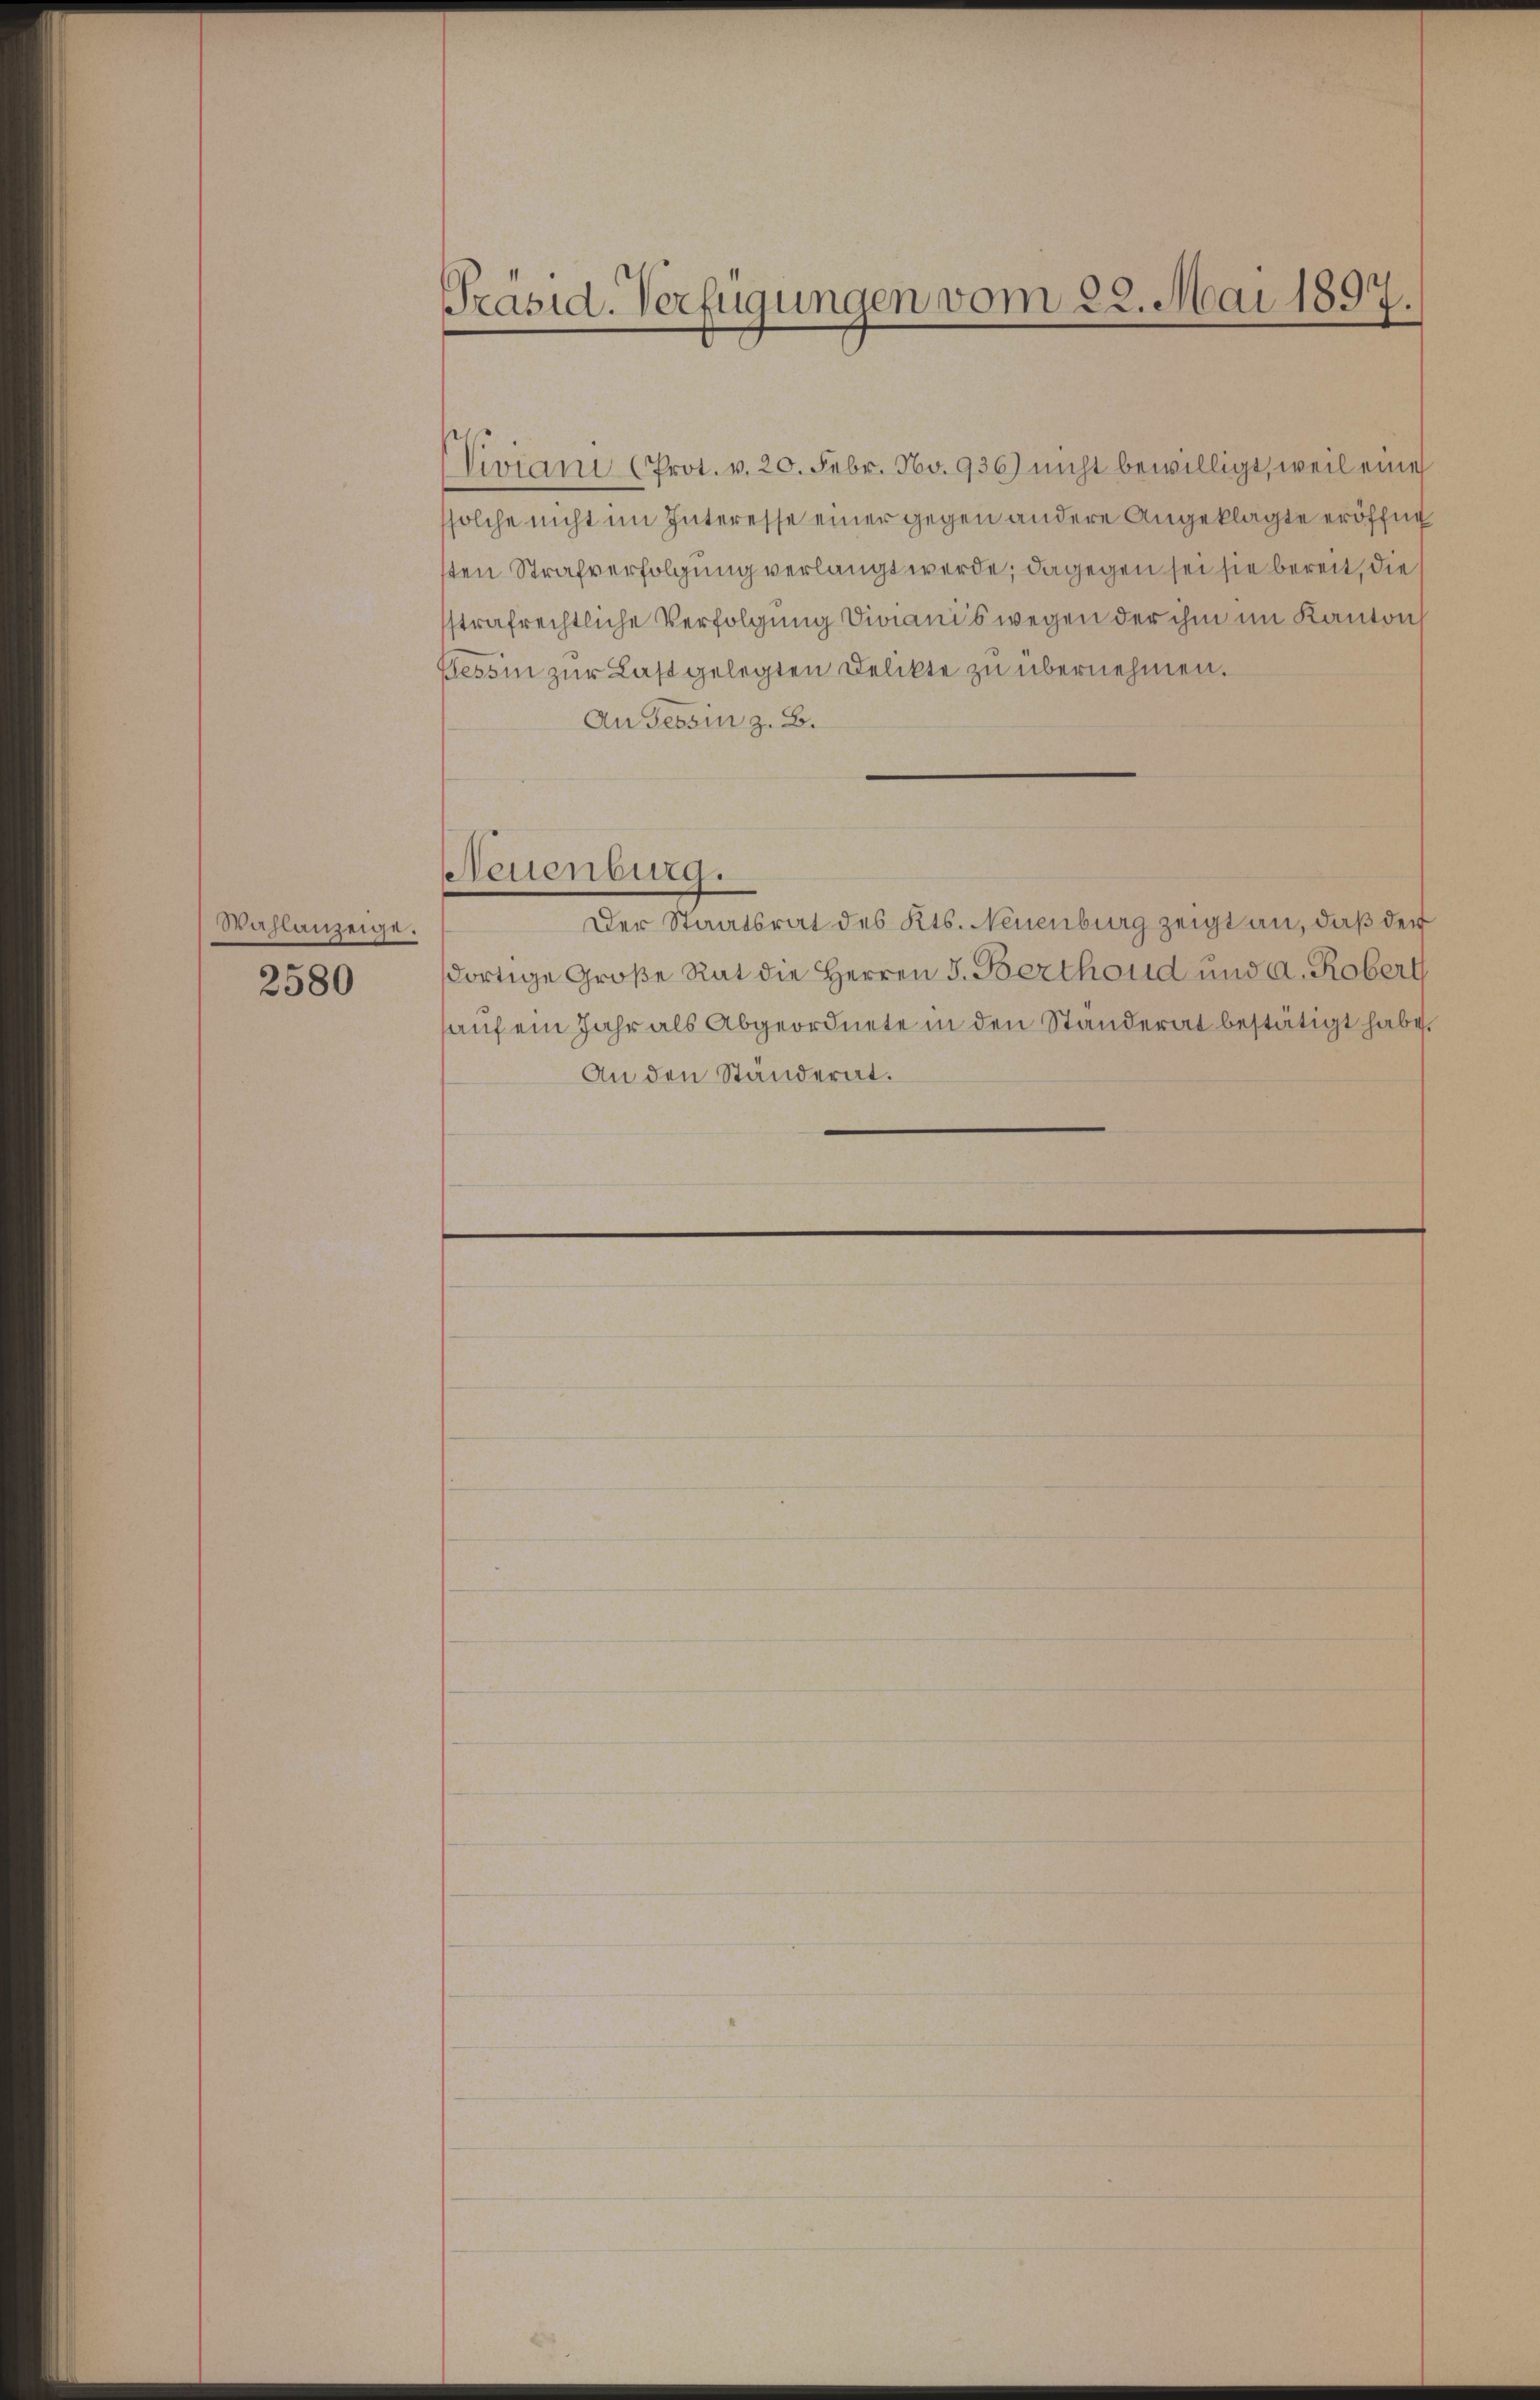
Drahlanzeige.

2580

Präsid. Verfügungen vom 22. Mai 1897.

Niviani (Prot. v. 20. Febr. No. 936) nicht bewilligt, weil eine
solche nicht im Interesse einer gegen andere Angeklagte eröffne
sten Strafverfolgung verlangt werde; dagegen sei sie bereit, die
strafrechtliche Verfolgung Viganis wegen der ihm im Kanton
Bessin zur Last gelegten Delikte zu übernehmen.
An Tessin z. B.
Neuenburg.
Der Staatsrat des Kts. Neuenburg zeigt an, daß der
dortige Große Rat die Herren J. Berthoud und a. Robert
auf ein Jahr als Abgeordnete in den Ständerat bestätigt habe,
An den Standerat.